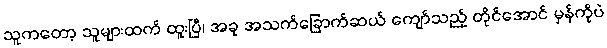
သူကတော့ သူများထက် ထူးပြီ၊ အခု အသက်ခြောက်ဆယ် ကျော်သည့် တိုင်အောင် မှန်ကိုပဲ